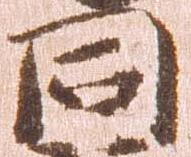
同